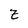
Character: z